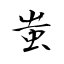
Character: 蚩